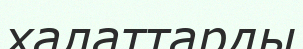
халаттарды